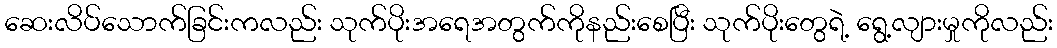
ဆေးလိပ်သောက်ခြင်းကလည်း သုက်ပိုးအရေအတွက်ကိုနည်းစေပြီး သုက်ပိုးတွေရဲ့ ရွေ့လျားမှုကိုလည်း